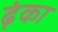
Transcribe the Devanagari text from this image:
ढ़ंका